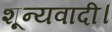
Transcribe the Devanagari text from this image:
शून्यवादी।